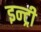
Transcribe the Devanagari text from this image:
इन्ट्री